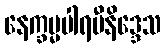
နေက္ခမ္မပါရမီနိဒ္ဒေသ